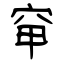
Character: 䆘